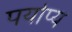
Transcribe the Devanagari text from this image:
पर्याप्य